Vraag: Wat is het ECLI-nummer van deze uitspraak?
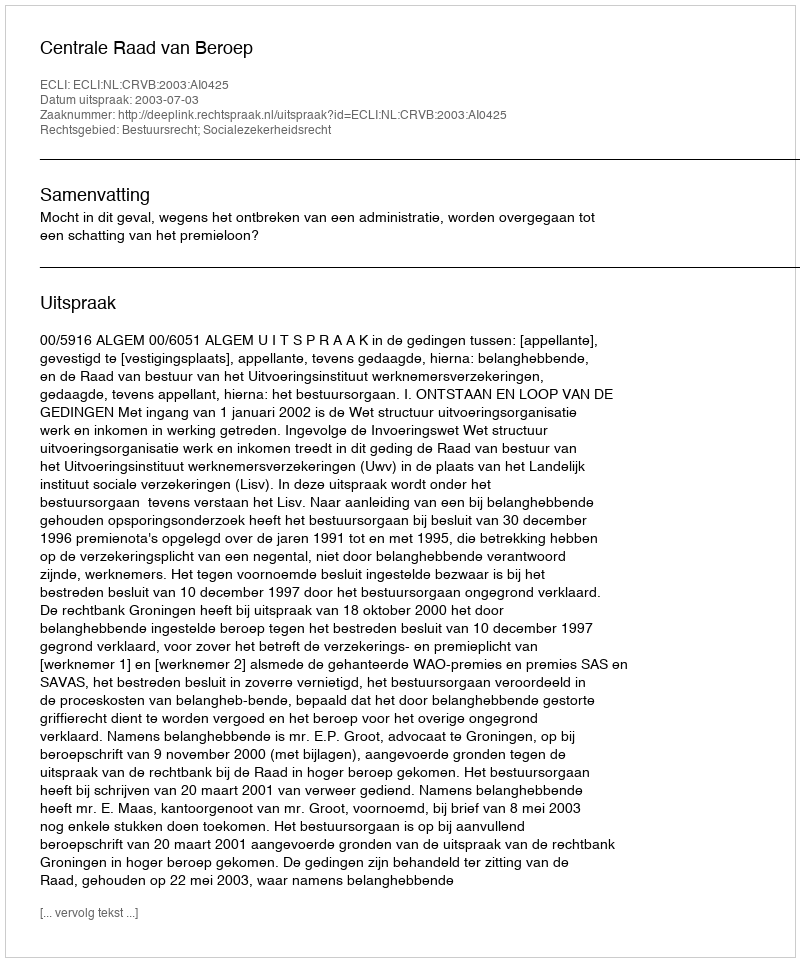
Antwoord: ECLI:NL:CRVB:2003:AI0425